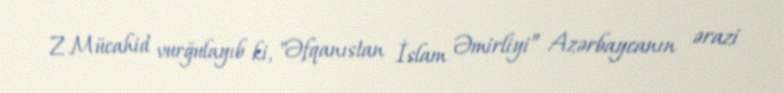
Z.Mücahid vurğulayıb ki, "Əfqanıstan İslam Əmirliyi” Azərbaycanın ərazi